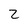
Character: 2